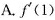
A.f^{\prime}(1)